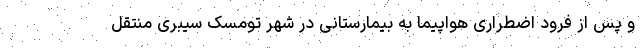
و پس از فرود اضطراری هواپیما به بیمارستانی در شهر تومسک سیبری منتقل